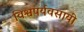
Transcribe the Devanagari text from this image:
विश्वपर्यवसायी